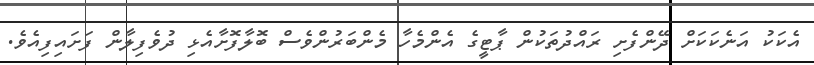
އެކަކު އަނެކަކަށް ދޭންފެށި ރައްދުތަކުން ޕާޓީގެ އެންމެހާ މެންބަރުންވެސް ބޮލާފޮށާއެޅި ދުވެފިލާން ފަށައިފިއެވެ.